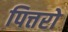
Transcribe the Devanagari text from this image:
पित्तरो